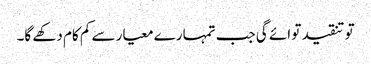
تو تنقید تو ائے گی جب تمہارے معیار سے کم کام دکھے گا۔